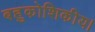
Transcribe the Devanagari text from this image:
बहुकोशिकीय।